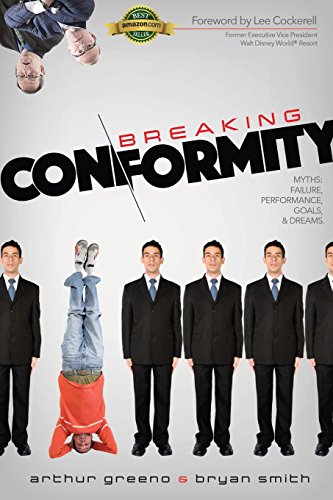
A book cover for Breaking Conformity; Arthur Greeno; Business & Money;